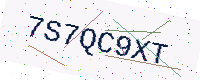
Text: 7S7QC9XT